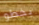
يخطو